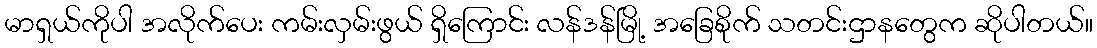
မာရှယ်ကိုပါ အလိုက်ပေး ကမ်းလှမ်းဖွယ် ရှိကြောင်း လန်ဒန်မြို့ အခြေစိုက် သတင်းဌာနတွေက ဆိုပါတယ်။